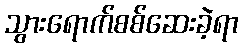
သွားရောက်စစ်ဆေးခဲ့ရာ